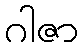
ဂါဇာ